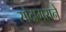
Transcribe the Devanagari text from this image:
सौदागराने